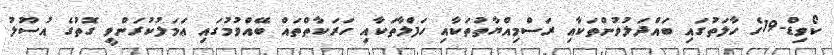
ކޯވިޑް-19ގެ ހާލަތުގައި ބައްދަލުވުންތަކާއި ރަސްމިއްޔާތުތަކާއި ހަފްލާތަކާއި ހަރަކާތްތައް ބޭއްވުމުގައި ޢަމަލުކުރަންވީ ގޮތުގެ އުސޫލު